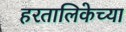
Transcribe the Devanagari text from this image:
हरतालिकेच्या